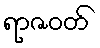
ရာဇဝတ်